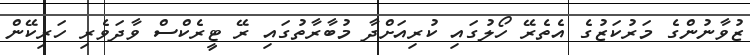
ޒުވާނުންގެ މަރުކަޒުގެ އެތެރޭ ހޯލުގައި ކުރިއަށްދާ މުބާރާތުގައި ރޭ ޓީރެކްސް ވާދަވެރި ހަރިކޭން